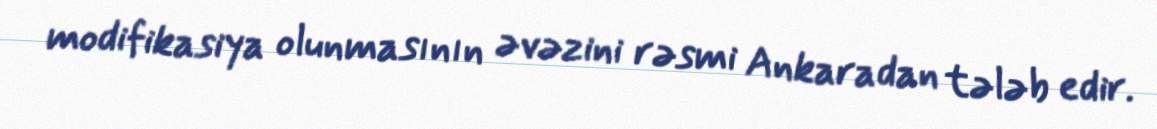
modifikasiya olunmasının əvəzini rəsmi Ankaradan tələb edir.